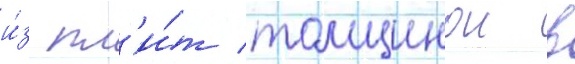
и́з пл'и́т толщинои в